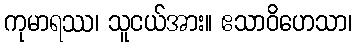
ကုမာရဿ၊ သူငယ်အား။ ဧသာဝိဟေသာ၊